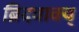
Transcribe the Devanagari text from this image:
ब्रिदवाक्य्